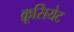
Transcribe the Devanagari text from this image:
क्रूसियेट